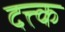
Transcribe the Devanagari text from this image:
दत्त्क